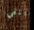
ينفي